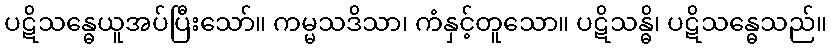
ပဋိသန္ဓေယူအပ်ပြီးသော်။ ကမ္မသဒိသာ၊ ကံနှင့်တူသော။ ပဋိသန္ဓိ၊ ပဋိသန္ဓေသည်။